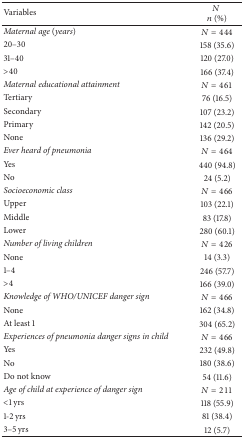
<table><thead><tr><td><b>Variables </b></td><td><b><i>N</i> <i>n</i> (%)</b></td></tr></thead><tbody><tr><td><i>Maternal age </i>(<i>years</i>)</td><td><i>N</i> = 444</td></tr><tr><td>20–30</td><td>158 (35.6)</td></tr><tr><td>31–40</td><td>120 (27.0)</td></tr><tr><td>&gt;40</td><td>166 (37.4)</td></tr><tr><td><i>Maternal educational attainment</i></td><td><i>N</i> = 461</td></tr><tr><td>Tertiary</td><td>76 (16.5)</td></tr><tr><td>Secondary</td><td>107 (23.2)</td></tr><tr><td>Primary</td><td>142 (20.5)</td></tr><tr><td>None</td><td>136 (29.2)</td></tr><tr><td><i>Ever heard of pneumonia</i></td><td><i>N</i> = 464</td></tr><tr><td>Yes</td><td>440 (94.8)</td></tr><tr><td>No</td><td>24 (5.2)</td></tr><tr><td><i>Socioeconomic class</i></td><td><i>N</i> = 466</td></tr><tr><td>Upper </td><td>103 (22.1)</td></tr><tr><td>Middle </td><td>83 (17.8)</td></tr><tr><td>Lower </td><td>280 (60.1)</td></tr><tr><td><i>Number of living children</i></td><td><i>N</i> = 426</td></tr><tr><td>None </td><td>14 (3.3)</td></tr><tr><td>1–4</td><td>246 (57.7)</td></tr><tr><td>&gt;4</td><td>166 (39.0)</td></tr><tr><td><i>Knowledge of WHO/UNICEF danger sign</i></td><td><i>N</i> = 466</td></tr><tr><td>None</td><td>162 (34.8)</td></tr><tr><td>At least 1</td><td>304 (65.2)</td></tr><tr><td><i>Experiences of pneumonia danger signs in child</i></td><td><i>N</i> = 466</td></tr><tr><td>Yes</td><td>232 (49.8)</td></tr><tr><td>No</td><td>180 (38.6)</td></tr><tr><td>Do not know</td><td>54 (11.6)</td></tr><tr><td><i>Age of child at experience of danger sign</i></td><td><i>N</i> = 211</td></tr><tr><td>&lt;1 yrs</td><td>118 (55.9)</td></tr><tr><td>1-2 yrs</td><td>81 (38.4)</td></tr><tr><td>3–5 yrs</td><td>12 (5.7)</td></tr></tbody></table>